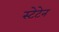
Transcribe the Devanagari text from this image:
स्टेटेन